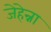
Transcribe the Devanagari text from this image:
जेहेन्ना